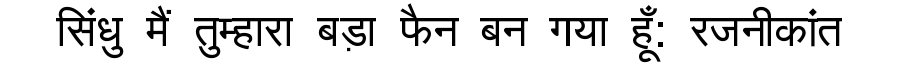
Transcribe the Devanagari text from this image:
सिंधु मैं तुम्हारा बड़ा फैन बन गया हूँ: रजनीकांत